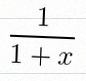
\frac{1}{1+x}